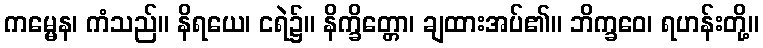
ကမ္မေန၊ ကံသည်။ နိရယေ၊ ငရဲ၌။ နိက္ခိတ္တော၊ ချထားအပ်၏။ ဘိက္ခဝေ၊ ရဟန်းတို့။